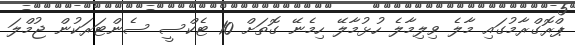
ޕްރޮގްރާމުގައި މާލެ ވިލިމާލެ ހުޅުމާލޭ ހިމެނޭ ގޮތަށް 10 ޓެކްސީ ސެންޓަރަކުން ޖުމްލަ